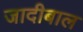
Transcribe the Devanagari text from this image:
जादीबाल